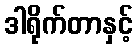
ဒါရိုက်တာနှင့်